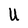
Character: U